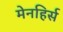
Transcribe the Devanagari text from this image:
मेनहिर्स